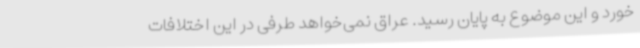
خورد و این موضوع به پایان رسید. عراق نمی‌خواهد طرفی در این اختلافات